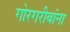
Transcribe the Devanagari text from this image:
गोरगरीबांना